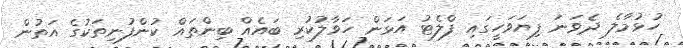
ހުޅުމާލެ ދެވަނަ ފިޔަވަހީގައި ފްލެޓު އަޅަން ހަވާލުކުރި ބައެއް ބިންތައް ކުންފުނިތަކުގެ އަތުން